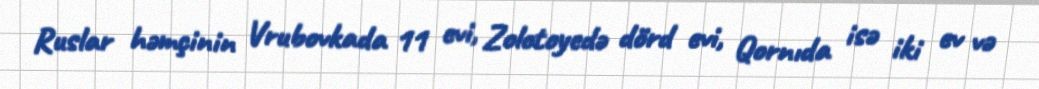
Ruslar həmçinin Vrubovkada 11 evi, Zolotoyedə dörd evi, Qornıda isə iki ev və